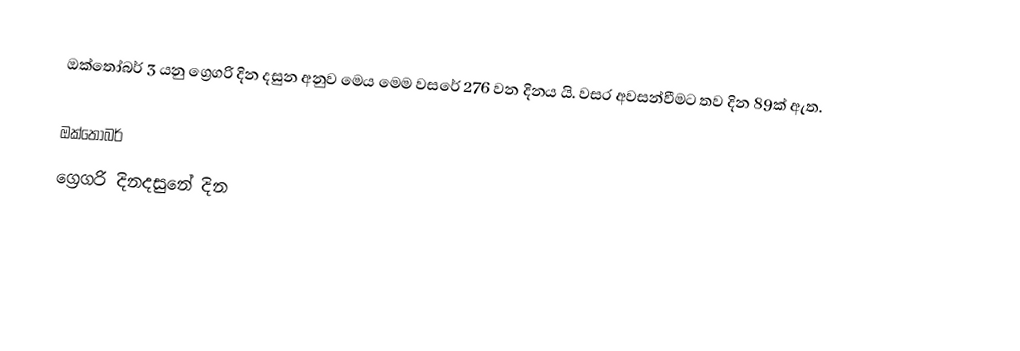
ඔක්තෝබර් 3 යනු ග්‍රෙගරි දින දසුන අනුව මෙය මෙම වසරේ 276 වන දිනය යි. වසර අවසන්වීමට තව දින 89ක් ඇත.

ඔක්තෝබර්
ග්‍රෙගරි දිනදසුනේ දින